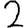
Digit: 2